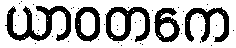
ယာဝတကေ